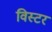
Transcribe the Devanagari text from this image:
विस्टर